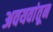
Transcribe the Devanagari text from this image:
अवयवांतून